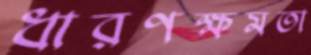
ধারণক্ষমতা